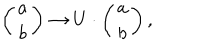
LaTeX: \left( \begin{array} { c } { { { a } } } \\ { { { b } } } \\ \end{array} \right) \to U \cdot \left( \begin{array} { c } { { a } } \\ { { b } } \\ \end{array} \right) ,